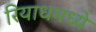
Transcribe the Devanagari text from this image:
रियाधमध्ये